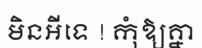
មិនអីទេ ! កុំឱ្យគ្នា